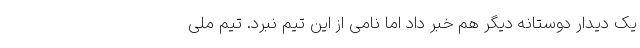
یک دیدار دوستانه دیگر هم خبر داد اما نامی از این تیم نبرد. تیم ملی